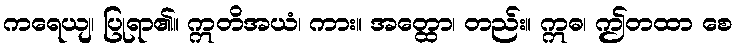
ကရေယျ၊ ပြုရာ၏။ ဣတိအယံ၊ ကား။ အတ္ထော၊ တည်း။ ဣဓ၊ ဤတထာ စေ